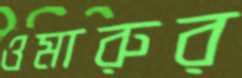
ওমারুর